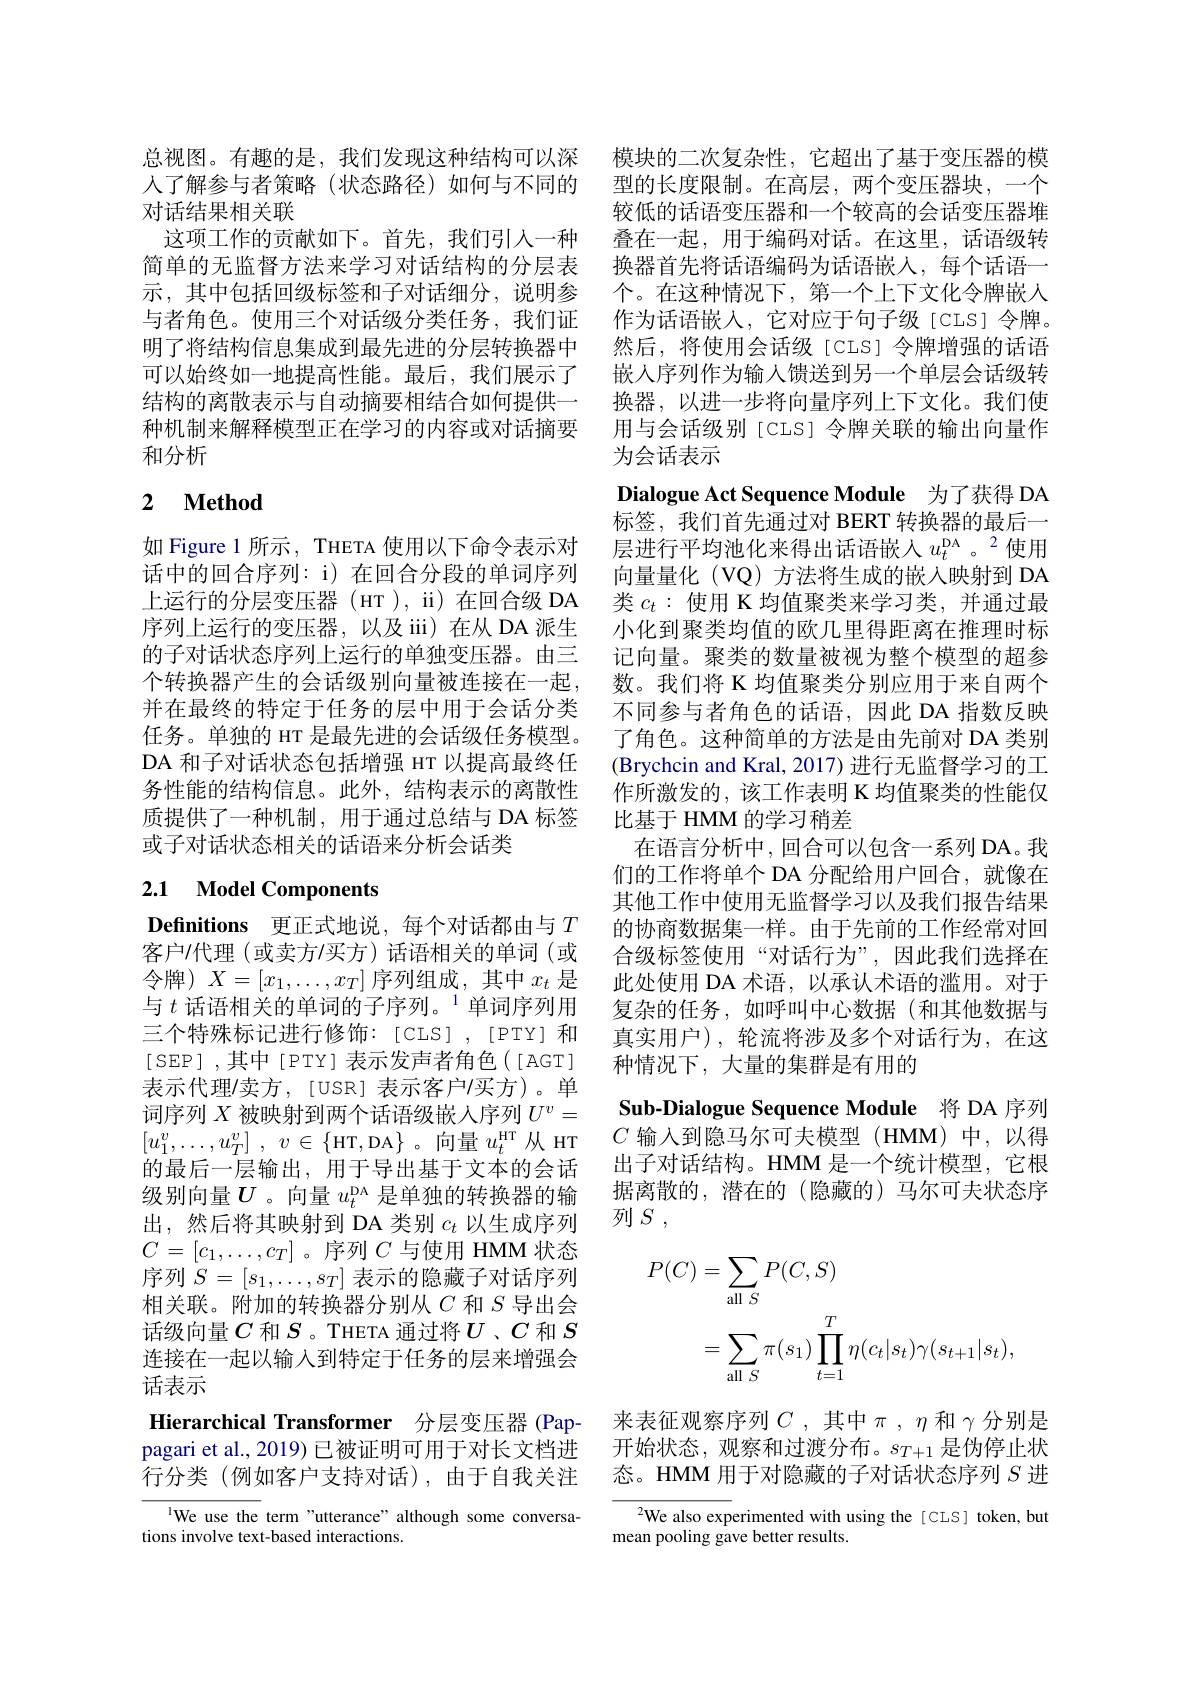
总视图。有趣的是，我们发现这种结构可以深 模块的二次复杂性，它超出了基于变压器的模人了解参与者策略 (状态路径)如何与不同的 型的长度限制。在高层，两个变压器块，一个对话结果相关联
这项工作的贡献如下。首先，我们引人一种 叠在一起，用于编码对话。在这里，话语级转简单的无监督方法来学习对话结构的分层表 换器首先将话语编码为话语嵌人，每个话语一示，其中包括回级标签和子对话细分，说明参 个。在这种情况下，第一个上下文化令牌嵌人与者角色。使用三个对话级分类任务，我们证 作为话语嵌人，它对应于句子级[CLS]令牌。明了将结构信息集成到最先进的分层转换器中 然后，将使用会话级 [CLS] 令牌增强的话语可以始终如一地提高性能。最后，我们展示了结构的离散表示与自动摘要相结合如何提供一种机制来解释模型正在学习的内容或对话摘要和分析

## 2 $\textbf{Method}$

如 Figure 1 所示，THETA 使用以下命令表示对话中的回合序列：i) 在回合分段的单词序列上运行的分层变压器 (HT ), ii) 在回合级 DA 类$c_t:$使用 K 均值聚类来学习类，并通过最序列上运行的变压器，以及 iii) 在从 DA 派生 小化到聚类均值的欧几里得距离在推理时标的子对话状态序列上运行的单独变压器。由三个转换器产生的会话级别向量被连接在一起， 并在最终的特定于任务的层中用于会话分类任务。单独的 HT 是最先进的会话级任务模型。DA 和子对话状态包括增强 HT 以提高最终任务性能的结构信息。此外，结构表示的离散性质提供了一种机制，用于通过总结与 DA 标签或子对话状态相关的话语来分析会话类

# 2.1 Model Components

Definitions 更正式地说，每个对话都由与$T$ 客户/代理(或卖方/买方)话语相关的单词(或令牌)$X=[x_1,\ldots,x_T]$序列组成，其中$x_t$是与 $t\text{ 话语相关的单词的子序列。}^{1}$单词序列用三个特殊标记进行修饰：[CLS],[PTY]和[SEP] ,其中[PTY] 表示发声者角色([AGT] 表示代理/卖方，[USR]表示客户/买方)。单词序列$X$被映射到两个话语级嵌人序列$U^v=$ $[ u_1^v, \ldots , u_T^v]$ , $v\in \{$HT,DA$\}$。向量$u_t^\text{HT}$从HT 的最后一层输出，用于导出基于文本的会话级别向量$U$。向量 $u_t^\mathrm{pA}$ 是单独的转换器的输出，然后将其映射到 DA 类别$c_t$以生成序列$C=[c_1,\ldots,c_T]$。序列$C$与使用 HMM 状态序列$S=[s_1,\ldots,s_T]$表示的隐藏子对话序列相关联。附加的转换器分别从$C$和$S$导出会话级向量$C$ 和 $S$ 。THETA 通过将$U$ 、$C$ 和 $S$ 连接在一起以输入到特定于任务的层来增强会话表示
Hierarchical Transformer 分层变压器 (Pap- 来表征观察序列$C$ ,其中$\pi$ , $\eta$和$\gamma$分别是pagari et al., 2019) 已被证明可用于对长文档进 开始状态，观察和过渡分布。$s_{T+1}$是伪停止状行分类(例如客户支持对话),由于自我关注 态。HMM 用于对隐藏的子对话状态序列$S$进

IWe use the term "utterance" although some conversa-
tions involve text-based interactions.

较低的话语变压器和一个较高的会话变压器堆嵌入序列作为输人馈送到另一个单层会话级转换器，以进一步将向量序列上下文化。我们使用与会话级别[CLS]令牌关联的输出向量作为会话表示
Dialogue Act Sequence Module 为了获得 DA 标签，我们首先通过对 BERT 转换器的最后一层进行平均池化来得出话语嵌人$u_t^\mathrm{DA}$ 。2 使用向量量化(VQ) 方法将生成的嵌入映射到 DA 记向量。聚类的数量被视为整个模型的超参数。我们将 K 均值聚类分别应用于来自两个不同参与者角色的话语，因此 DA 指数反映了角色。这种简单的方法是由先前对 DA 类别(Brychcin and Kral, 2017) 进行无监督学习的工作所激发的，该工作表明 K 均值聚类的性能仅比基于 HMM 的学习稍差
在语言分析中，回合可以包含一系列 DA。我们的工作将单个 DA 分配给用户回合，就像在其他工作中使用无监督学习以及我们报告结果的协商数据集一样。由于先前的工作经常对回合级标签使用“对话行为”,因此我们选择在此处使用 DA 术语，以承认术语的滥用。对于复杂的任务，如呼叫中心数据(和其他数据与真实用户),轮流将涉及多个对话行为，在这种情况下，大量的集群是有用的
Sub-Dialogue Sequence Module 将 DA 序列$C$输入到隐马尔可夫模型(HMM)中，以得出子对话结构。HMM 是一个统计模型，它根据离散的，潜在的(隐藏的)马尔可夫状态序列$S$ ,
$$\begin{aligned}P(C)&=\sum_{\mathrm{all~}S}P(C,S)\\&=\sum_{\mathrm{all~}S}\pi(s_{1})\prod_{t=1}^{T}\eta(c_{t}|s_{t})\gamma(s_{t+1}|s_{t}),\end{aligned}$$
$^{2}$We also experimented with using the[CLS] token, but
mean pooling gave better results.